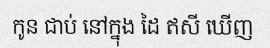
កូន ជាប់ នៅក្នុង ដៃ ឥសី ឃើញ